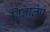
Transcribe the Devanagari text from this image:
विनालेप